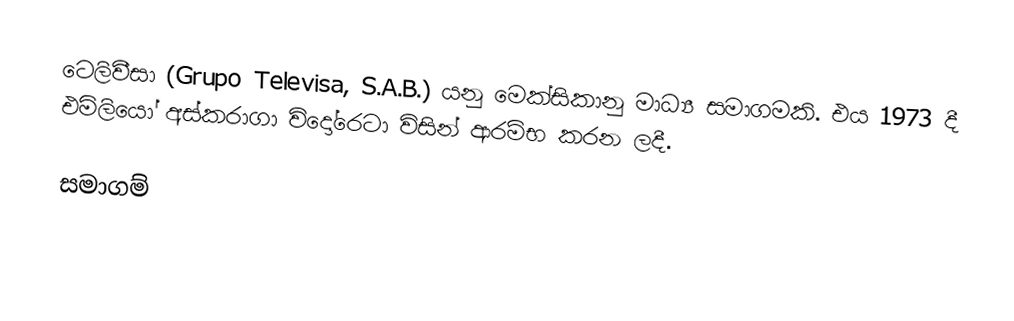
ටෙලිවීසා (Grupo Televisa, S.A.B.) යනු මෙක්සිකානු මාධ්‍ය සමාගමකි. එය 1973 දී එමිලියෝ අස්කරාගා විදෝරෙටා විසින් ආරම්භ කරන ලදී.

සමාගම්